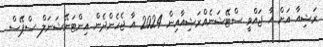
ރަޝިއާ އަށް އާ ޖައްވީ ސްޓޭޝަނެއްރަޝިއާއިން 2024 އާ ޖެހެންދެން އިންޓަނޭޝަނަލް ސްޕޭސް